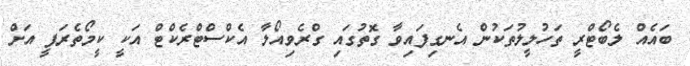
ބައެއް ލެބޯޓްރީ ތަހުލީލުތަކުން އެނގިފައިވާ ގޮތުގައި ގްރެވިއޯލާ އެކްސްޓްރެކްޓް އަކީ ކީމޯތެރަޕީ އަށް